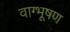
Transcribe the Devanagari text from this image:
वाग्भूषण